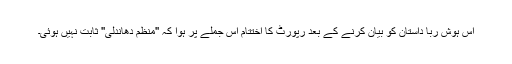
اس ہوش ربا داستان کو بیان کرنے کے بعد رپورٹ کا اختتام اس جملے پر ہوا کہ ''منظم دھاندلی'' ثابت نہیں ہوئی۔